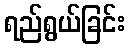
ရည်ရွယ်ခြင်း